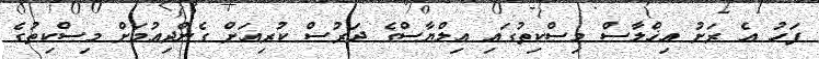
ފަހު އެ ރަށު އިޚްލާސް މިސްކިތުގައި އިލްޔާސްގެ ދަރުސް ކުރިއަށް ގެންދިއުމަށް މިސްކިތުގެ